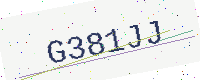
Text: G381JJ